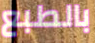
بالطبع